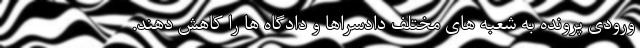
ورودی پرونده به شعبه های مختلف دادسراها و دادگاه ها را کاهش دهند.